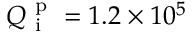
Q _ { \mathrm { ~ i ~ } } ^ { \mathrm { ~ p ~ } } = 1 . 2 \times 1 0 ^ { 5 }